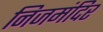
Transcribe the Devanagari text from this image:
निजमंदिर